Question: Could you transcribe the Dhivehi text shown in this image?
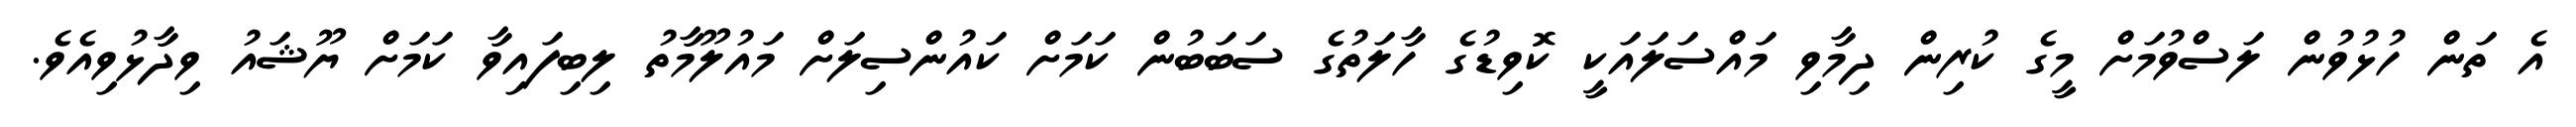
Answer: އެ ތަން ހުޅުވުން ލަސްވުމަށް މީގެ ކުރިން ދިމާވި މައްސަލައަކީ ކޮވިޑުގެ ހާލަތުގެ ސަބަބުން ކަމަށް ކައުންސިލަށް މައުލޫމާތު ލިބިފައިވާ ކަމަށް ޔޫޝައު ވިދާޅުވިއެވެ.